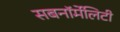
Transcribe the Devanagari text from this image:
सबनॉर्मेलिटी